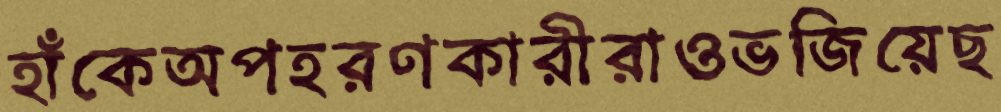
হাঁকেঅপহরণকারীরাওভজিয়েছ